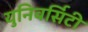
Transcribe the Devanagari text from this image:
युनिवर्सिटी